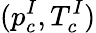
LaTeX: (p_{c}^{I},T_{c}^{I})